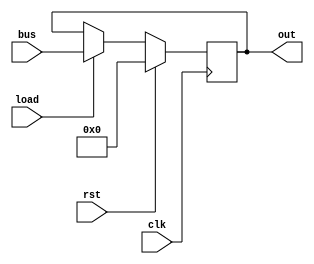
// This program was cloned from: https://github.com/kevinwguan/tt06-SAP-1_Computer-
// License: Apache License 2.0

`default_nettype none
`timescale 1ns/1ps
module reg_b(
    input 	clk,
    input 	rst,
    input 	load,
    input[7:0] 	bus,
    output[7:0] out
    );

    reg[7:0] reg_b;
    
    always @(posedge clk) begin
    	if (rst) begin
   	    reg_b <= 8'b0;
    	end else if (load) begin
    	    reg_b <= bus;
    	end
    end
    
    assign out = reg_b;

endmodule